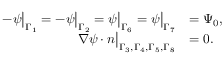
\begin{array} { r l } { - \psi \big | _ { \Gamma _ { 1 } } = - \psi \big | _ { \Gamma _ { 2 } } = \psi \big | _ { \Gamma _ { 6 } } = \psi \big | _ { \Gamma _ { 7 } } } & { = \Psi _ { 0 } , } \\ { \boldsymbol { \nabla } \psi \cdot \boldsymbol { n } \big | _ { \Gamma _ { 3 } , \Gamma _ { 4 } , \Gamma _ { 5 } , \Gamma _ { 8 } } } & { = 0 . } \end{array}